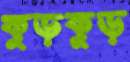
কুড়কুড়